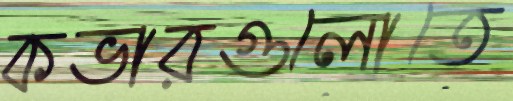
কভারগুলোতে